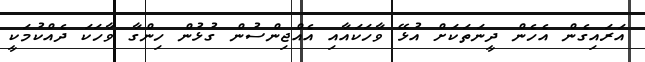
އަރައިގެން އެހެން ދީނަތަކަށް އުޅޭ ވާހަކައާއި އެއްޖިންސުން ގުޅުން ހިންގާ ވާހަކަ ދެއްކުމަކީ